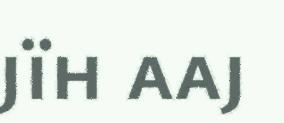
jïh aaj